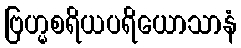
ဗြဟ္မစရိယပရိယောသာနံ